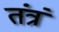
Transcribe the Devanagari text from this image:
तंत्रं